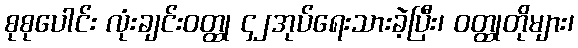
စုစုပေါင်း လုံးချင်းဝတ္ထု ၄၂အုပ်ရေးသားခဲ့ပြီး၊ ဝတ္ထုတိုများ၊